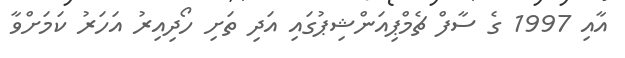
އާއި 1997 ގެ ސާފް ޗެމްޕިއަންޝިޕުގައި އަދި ތަށި ހޯދިއިރު އަހަރު ކަމަށްވާ